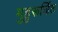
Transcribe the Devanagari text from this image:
मुहुरूर्जित